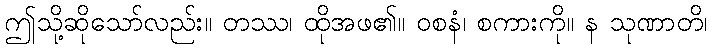
ဤသို့ဆိုသော်လည်း။ တဿ၊ ထိုအဖ၏။ ဝစနံ၊ စကားကို။ န သုဏာတိ၊